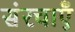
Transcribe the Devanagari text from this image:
संरचाएँ